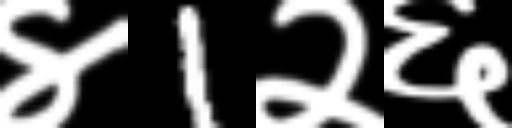
Text: ४1२६